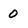
Character: 0